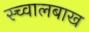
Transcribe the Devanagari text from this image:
स्च्वालबाख